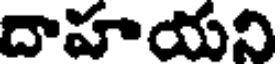
దాహయని